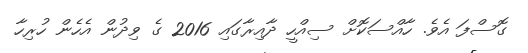
ގޮސްފަ އެވެ. ހާއްސަކޮށް ސިއްހީ ދާއިރާގައި 2016 ގެ ވިދުން އެހެން ހުރިހާ